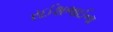
રઈશભાઈના